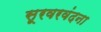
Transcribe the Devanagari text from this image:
सूरवरवंदना